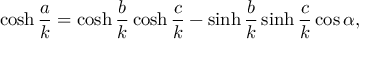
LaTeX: \cosh { \frac { a } { k } } = \cosh { \frac { b } { k } } \cosh { \frac { c } { k } } - \sinh { \frac { b } { k } } \sinh { \frac { c } { k } } \cos \alpha ,